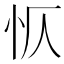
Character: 𭜔